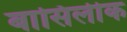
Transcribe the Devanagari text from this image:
बासिलीक